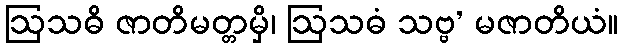
ဩသဓိ ဇာတိမတ္တမှိ၊ ဩသဓံ သဗ္ဗ’ မဇာတိယံ။